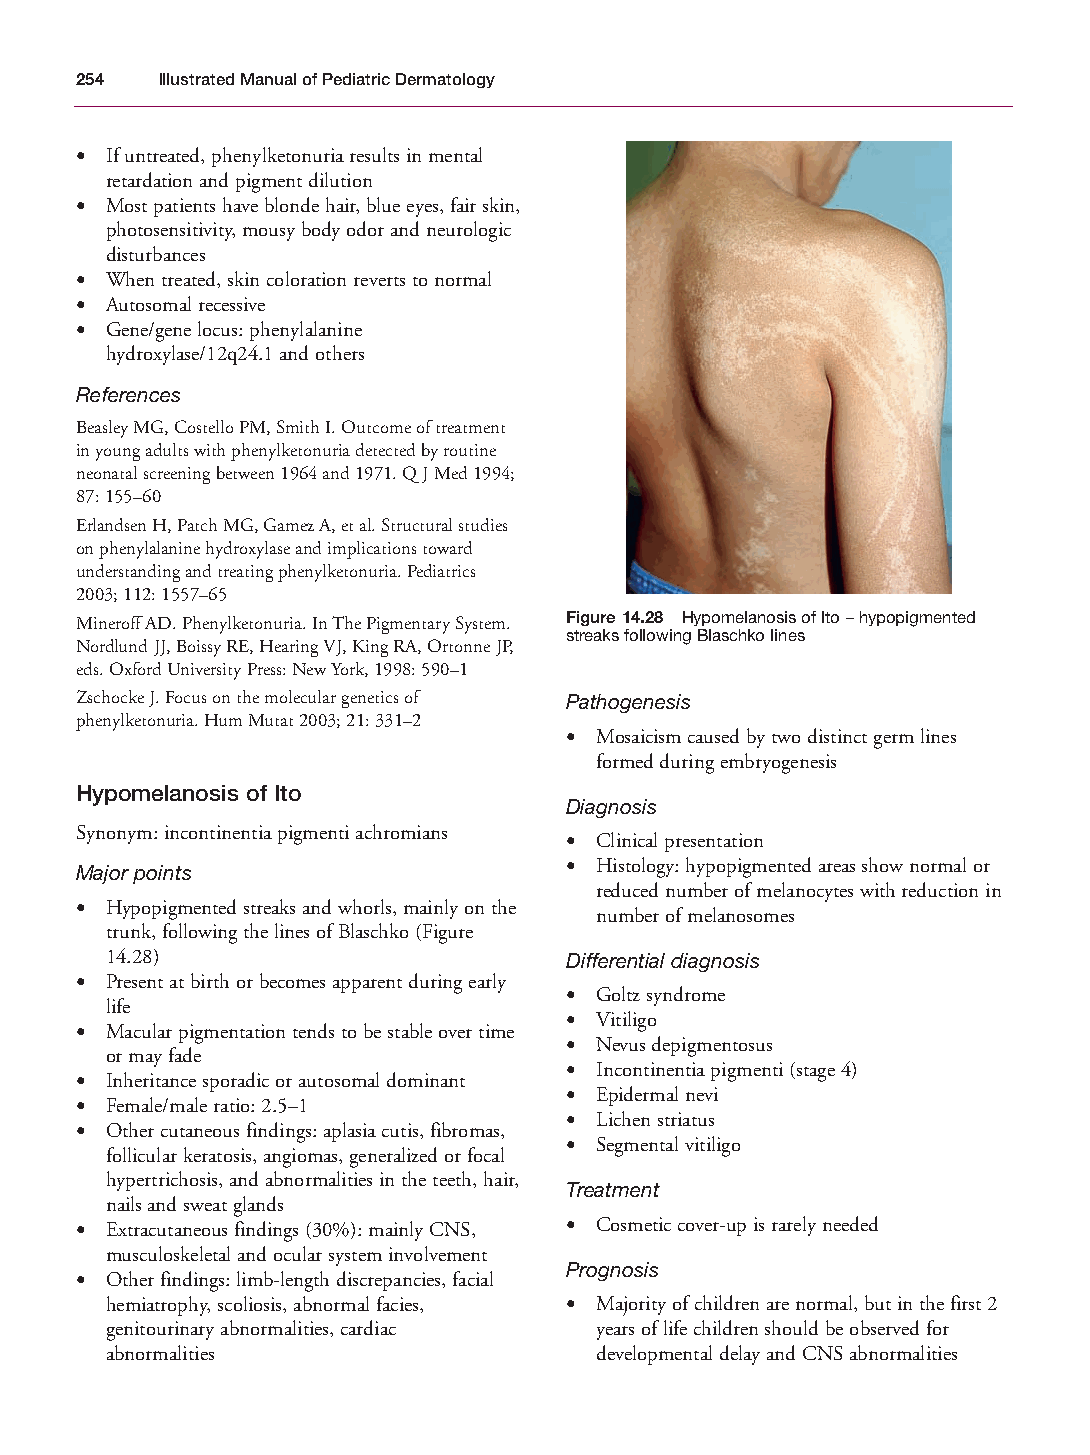
Mallory Chapter 14 27/1/05 2:30 pm Page 254
 254  Illustrated Manual of Pediatric Dermatology
 • If untreated, phenylketonuria results in mental
 retardation and pigment dilution
 • Most patients have blonde hair, blue eyes, fair skin,
 photosensitivity, mousy body odor and neurologic
 disturbances
 • When treated, skin coloration reverts to normal
 • Autosomal recessive
 • Gene/gene locus: phenylalanine
 hydroxylase/12q24.1 and others
 References
 Beasley MG, Costello PM, Smith I. Outcome of treatment
 in young adults with phenylketonuria detected by routine
 neonatal screening between 1964 and 1971. Q J Med 1994;
 87: 155–60
 Erlandsen H, Patch MG, Gamez A, et al. Structural studies
 on phenylalanine hydroxylase and implications toward
 understanding and treating phenylketonuria. Pediatrics
 2003; 112: 1557–65
 Mineroff AD. Phenylketonuria. In The Pigmentary System. Figure 14.28 Hypomelanosis of Ito – hypopigmented
 streaks following Blaschko lines
 Nordlund JJ, Boissy RE, Hearing VJ, King RA, Ortonne JP,
 eds. Oxford University Press: New York, 1998: 590–1
 Zschocke J. Focus on the molecular genetics of Pathogenesis
 phenylketonuria. Hum Mutat 2003; 21: 331–2
 • Mosaicism caused by two distinct germ lines
 formed during embryogenesis
 Hypomelanosis of Ito
 Diagnosis
 Synonym: incontinentia pigmenti achromians
 • Clinical presentation
 • Histology: hypopigmented areas show normal or
 Major points
 reduced number of melanocytes with reduction in
 • Hypopigmented streaks and whorls, mainly on the
 number of melanosomes
 trunk, following the lines of Blaschko (Figure
 14.28)                        Differential diagnosis
 • Present at birth or becomes apparent during early
 • Goltz syndrome
 life
 • Vitiligo
 • Macular pigmentation tends to be stable over time
 • Nevus depigmentosus
 or may fade
 • Incontinentia pigmenti (stage 4)
 • Inheritance sporadic or autosomal dominant
 • Epidermal nevi
 • Female/male ratio: 2.5–1
 • Lichen striatus
 • Other cutaneous findings: aplasia cutis, fibromas,
 • Segmental vitiligo
 follicular keratosis, angiomas, generalized or focal
 hypertrichosis, and abnormalities in the teeth, hair,
 Treatment
 nails and sweat glands
 • Extracutaneous findings (30%): mainly CNS, • Cosmetic cover-up is rarely needed
 musculoskeletal and ocular system involvement
 Prognosis
 • Other findings: limb-length discrepancies, facial
 hemiatrophy, scoliosis, abnormal facies, • Majority of children are normal, but in the first 2
 genitourinary abnormalities, cardiac years of life children should be observed for
 abnormalities                   developmental delay and CNS abnormalities